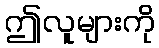
ဤလူများကို